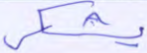
يشكر